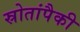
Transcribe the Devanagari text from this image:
स्रोतांपैकी